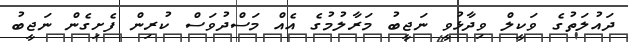
ދައުލަތުގެ ވަކީލް ވިދާޅުވީ ނަޖީބު މަރާލުމުގެ އެއް މަސްދުވަސް ކުރިން ފެށިގެން ނަޖީބު